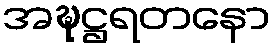
အဍ္ဎဋ္ဌရတနော